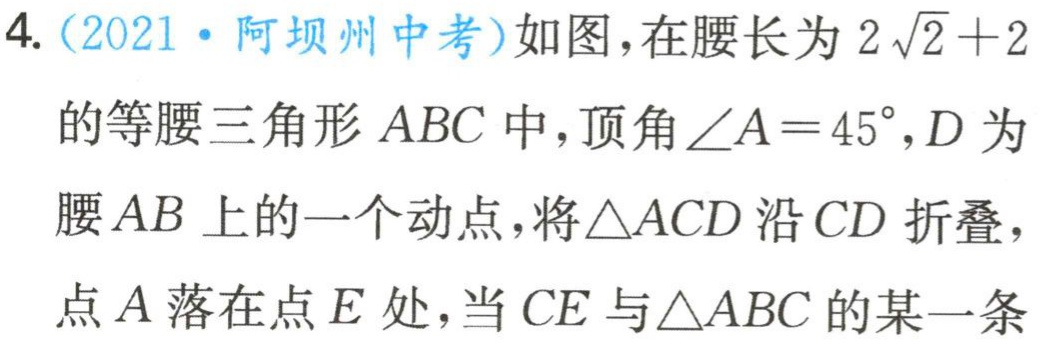
4.（2021·阿坝州中考）如图，在腰长为\(2\sqrt{2} + 2\)的等腰三角形\(ABC\)中，顶角\(\angle A = 45^{\circ}\)，\(D\)为腰\(AB\)上的一个动点，将\(\triangle ACD\)沿\(CD\)折叠，点\(A\)落在点\(E\)处，当\(CE\)与\(\triangle ABC\)的某一条